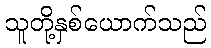
သူတို့နှစ်ယောက်သည်